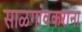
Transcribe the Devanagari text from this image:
साळगांवकरांना